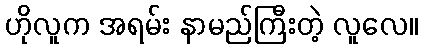
ဟိုလူက အရမ်း နာမည်ကြီးတဲ့ လူလေ။